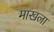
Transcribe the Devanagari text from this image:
माखला